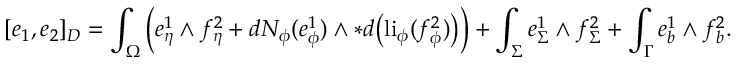
[ e _ { 1 } , e _ { 2 } ] _ { D } = \int _ { \Omega } \Big ( e _ { \eta } ^ { 1 } \wedge f _ { \eta } ^ { 2 } + d N _ { \phi } ( e _ { \phi } ^ { 1 } ) \wedge \ast d \big ( \mathrm { l i } _ { \phi } ( f _ { \phi } ^ { 2 } ) \big ) \Big ) + \int _ { \Sigma } e _ { \Sigma } ^ { 1 } \wedge f _ { \Sigma } ^ { 2 } + \int _ { \Gamma } e _ { b } ^ { 1 } \wedge f _ { b } ^ { 2 } .